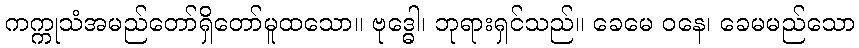
ကက္ကုသံအမည်တော်ရှိတော်မူထသော။ ဗုဒ္ဓေါ၊ ဘုရားရှင်သည်။ ခေမေ ဝနေ၊ ခေမမည်သော